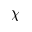
\chi